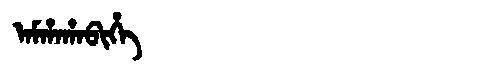
Manchu: ᠠᠮᡥᠠᡥᠠᠪᡳᡥᡝ
Romanization: AMHAHABIHE